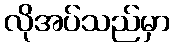
လိုအပ်သည်မှာ